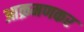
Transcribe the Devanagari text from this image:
आक्रमणकर